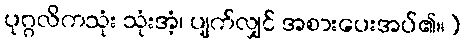
ပုဂ္ဂလိကသုံး သုံးအံ့၊ ပျက်လျှင် အစားပေးအပ်၏။)